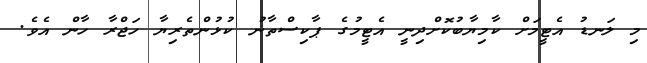
މި ލަނޑު އެޓީމަށް ކާމިޔާބުކޮށްދިނީ އެޓީމުގެ ޕާކިސްތާނު ކުޅުންތެރިޔާ ހަޖްރާ ހާން އެވެ.